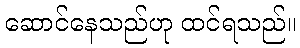
ဆောင်နေသည်ဟု ထင်ရသည်။